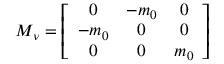
{ \cal M } _ { \nu } = \left[ \begin{array} { c c c } { { 0 } } & { { - m _ { 0 } } } & { { 0 } } \\ { { - m _ { 0 } } } & { { 0 } } & { { 0 } } \\ { { 0 } } & { { 0 } } & { { m _ { 0 } } } \end{array} \right]